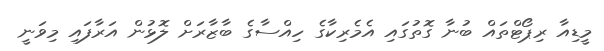
މީޑިއާ ރިޕޯޓްތައް ބުނާ ގޮތުގައި އެމެރިކާގެ ހިއްސާގެ ބާޒާރަށް ލޮޅުން އަރާފައި މިވަނީ